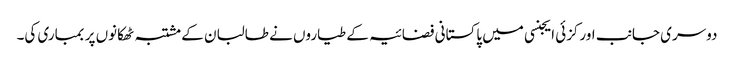
دوسری جانب اورکزئی ایجنسی میں پاکستانی فضائیہ کے طیاروں نے طالبان کے مشتبہ ٹھکانوں پر بمباری کی۔